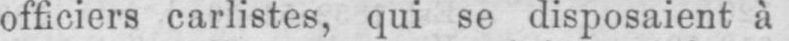
officiers carlistes, qui se disposaient à